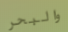
والبحر